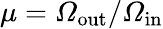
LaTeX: \mu={\mathit\Omega_{\mathrm{out}}}/{\mathit\Omega_{\mathrm{in}}}